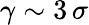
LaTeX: \gamma\sim 3\, \sigma